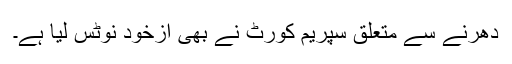
دھرنے سے متعلق سپریم کورٹ نے بھی ازخود نوٹس لیا ہے۔